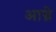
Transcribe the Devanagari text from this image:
आग्ने